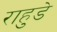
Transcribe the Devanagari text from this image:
राहुडे